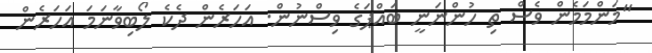
"މަންމަމެން ވެސް ތި ހުންނަނީ ބައްޕަގެ ވިސްނުން. އަހަރެން ދެކެ ލޯބިވާނަމަ އަހަރެން